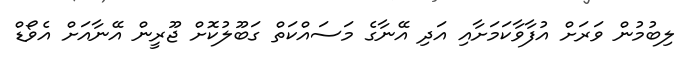
ލިބުމުން ވަރަށް އުފާވާކަމަށާއި އަދި އޭނާގެ މަސައްކަތް ގަބޫލުކޮށް ޖޫރީން އޭނާއަށް އެވޯޑް